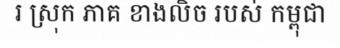
រ ស្រុក ភាគ ខាងលិច របស់ កម្ពុជា